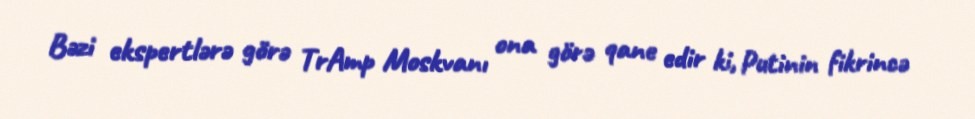
Bəzi ekspertlərə görə TrAmp Moskvanı ona görə qane edir ki, Putinin fikrincə